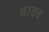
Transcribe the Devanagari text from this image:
वादच